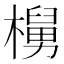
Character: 𬄵